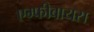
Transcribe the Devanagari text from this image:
एम्फीबायस